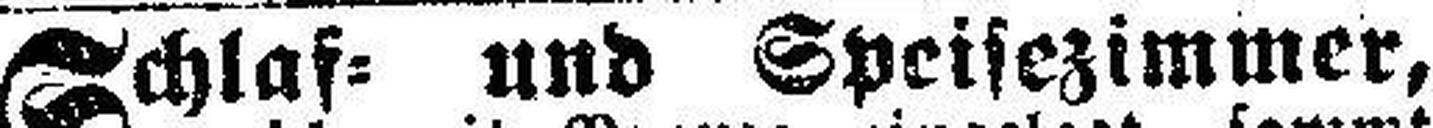
Schlaf= und Speisezimmer,